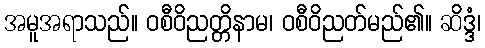
အမူအရာသည်။ ဝစီဝိညတ္တိနာမ၊ ဝစီဝိညတ်မည်၏။ ဆိဒ္ဒံ၊